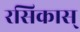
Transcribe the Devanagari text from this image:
रसिकास्